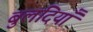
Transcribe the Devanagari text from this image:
बुलंदियाँ